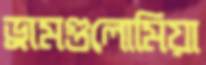
ড্রামগুলোমিয়া